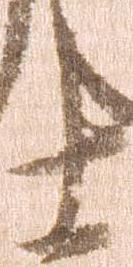
十